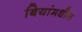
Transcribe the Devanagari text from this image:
बियांमधील